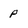
Character: p